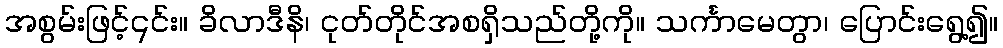
အစွမ်းဖြင့်၎င်း။ ခိလာဒီနိ၊ ငုတ်တိုင်အစရှိသည်တို့ကို။ သင်္ကာမေတွာ၊ ပြောင်းရွေ့၍။